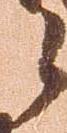
候